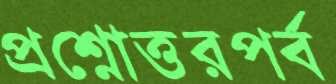
প্রশ্নোত্তরপর্ব